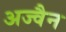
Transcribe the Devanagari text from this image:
अज्वैन